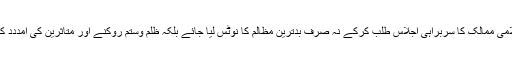
مقررین نے کہا کہ جلد از جلد اسلامی ممالک کا سربراہی اجلاس طلب کرکے نہ صرف بدترین مظالم کا نوٹس لیا جائے بلکہ ظلم وستم روکنے اور متاثرین کی امددد کیلئے لائحہ عمل مرتب کیا جائے۔